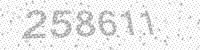
Solution: 258611